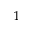
_ 1